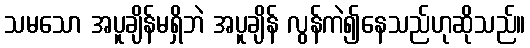
သမသော အပူချိန်မရှိဘဲ အပူချိန် လွန်ကဲ၍နေသည်ဟုဆိုသည်။